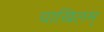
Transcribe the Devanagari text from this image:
चाखिलम्‌